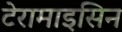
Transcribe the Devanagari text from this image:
टेरामाइसिन